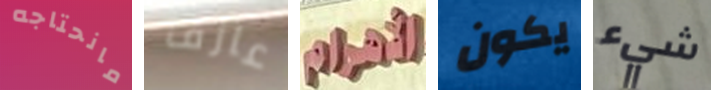
مانحتاجه عازف الأهرام يكون شيء